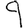
Digit: 9